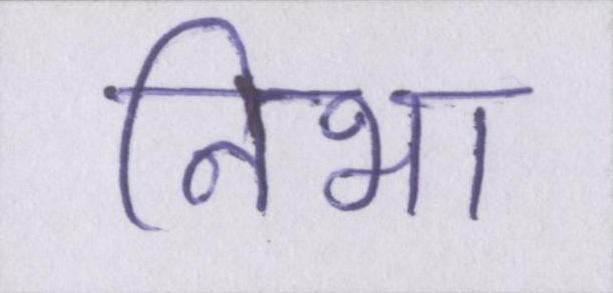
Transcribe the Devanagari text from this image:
निभा